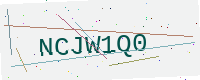
Text: NCJW1Q0